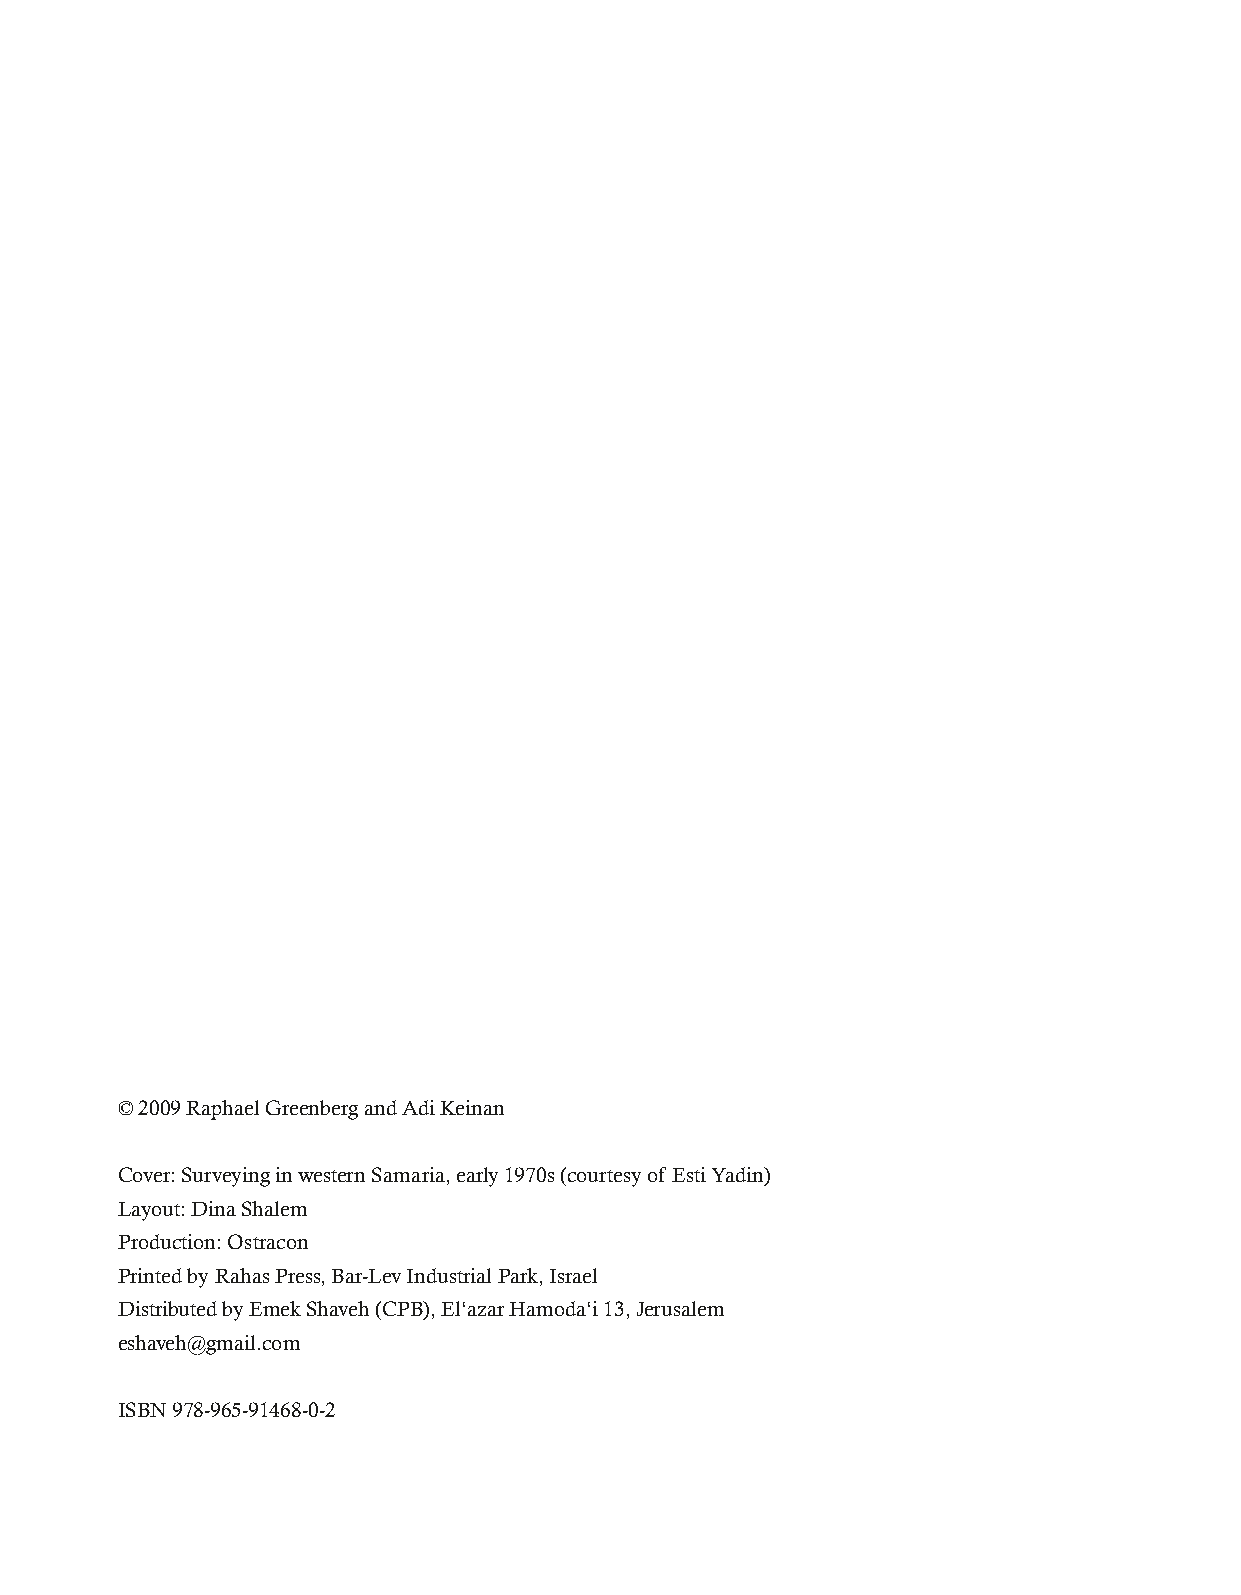
© 2009 Raphael Greenberg and Adi Keinan
 Cover: Surveying in western Samaria, early 1970s (courtesy of Esti Yadin)
 Layout: Dina Shalem
 Production: Ostracon
 Printed by Rahas Press, Bar-Lev Industrial Park, Israel
 Distributed by Emek Shaveh (CPB), El‘azar Hamoda‘i 13, Jerusalem
 eshaveh@gmail.com
 ISBN 978-965-91468-0-2